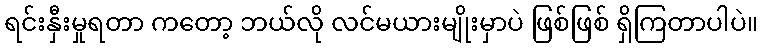
ရင်းနှီးမှုရတာ ကတော့ ဘယ်လို လင်မယားမျိုးမှာပဲ ဖြစ်ဖြစ် ရှိကြတာပါပဲ။